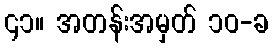
၄၁။ အတန်းအမှတ် ၁၀-ခ